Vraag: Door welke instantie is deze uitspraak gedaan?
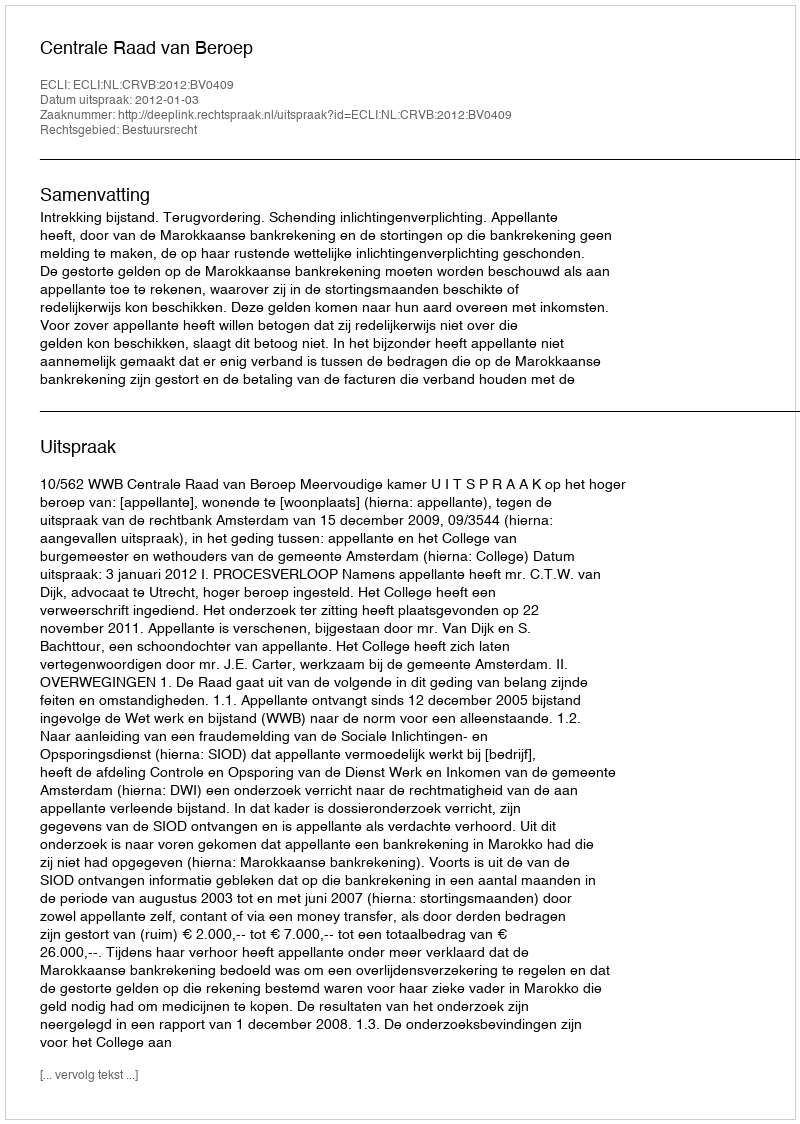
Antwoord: Centrale Raad van Beroep